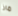
ماذا